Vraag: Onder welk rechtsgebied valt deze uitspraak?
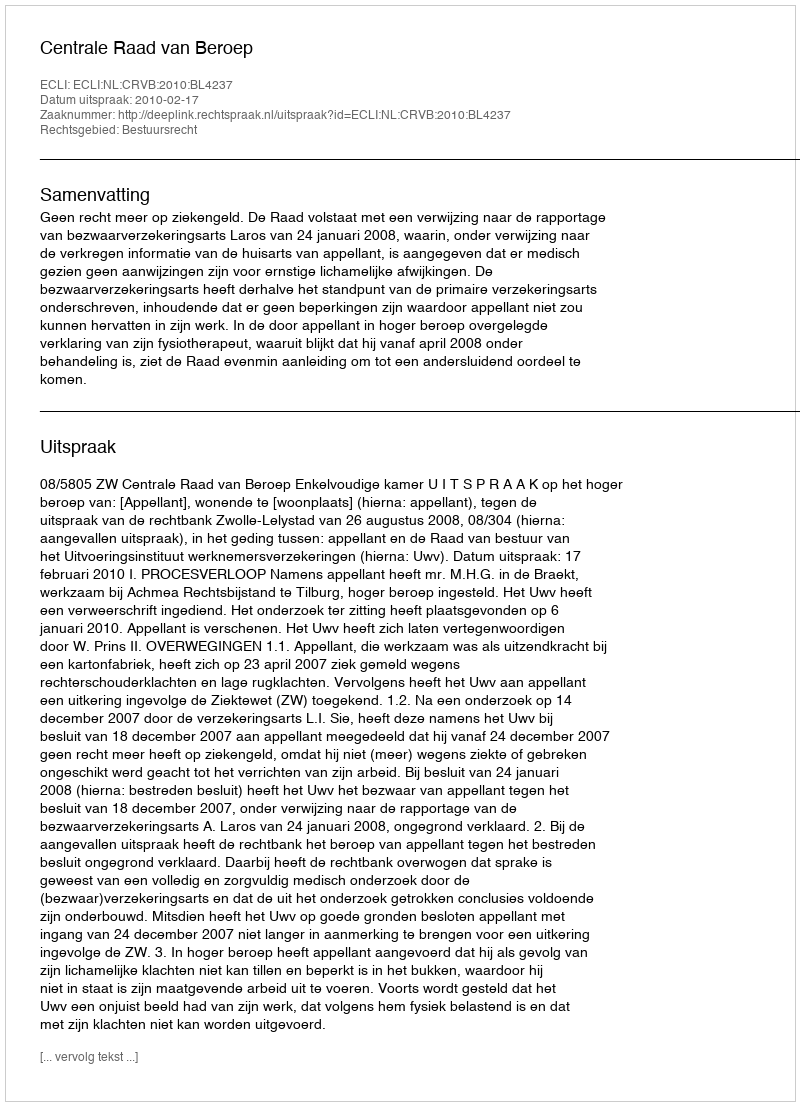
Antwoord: Bestuursrecht